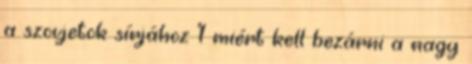
a szovjetok sírjához 1 miért kell bezárni a nagy